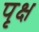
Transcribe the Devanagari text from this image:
पृक्ष